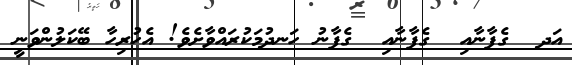
އަދ  ގެފާނާއި  ގެފާނާއި  ގެފާނު ހަނދުމަކުރައްވާށެވެ! އެހުރިހާ ބޭކަލުންވަނީ